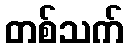
တစ်သက်